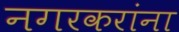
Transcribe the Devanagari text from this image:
नगरकरांना